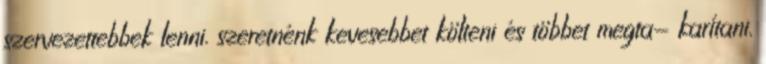
szervezettebbek lenni. szeretnénk kevesebbet költeni és többet megta- karítani.